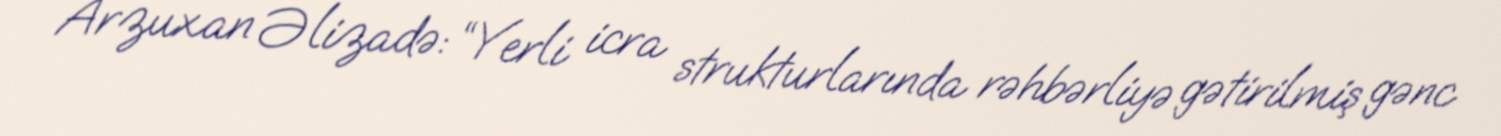
Arzuxan Əlizadə: “Yerli icra strukturlarında rəhbərliyə gətirilmiş gənc